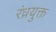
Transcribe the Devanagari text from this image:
रंध्रयुक्त